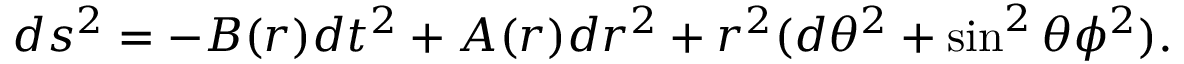
d { s } ^ { 2 } = - B ( r ) d { t } ^ { 2 } + A ( r ) d r ^ { 2 } + r ^ { 2 } ( d \theta ^ { 2 } + \sin ^ { 2 } \theta \phi ^ { 2 } ) .